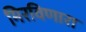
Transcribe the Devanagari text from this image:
मिरविणारा